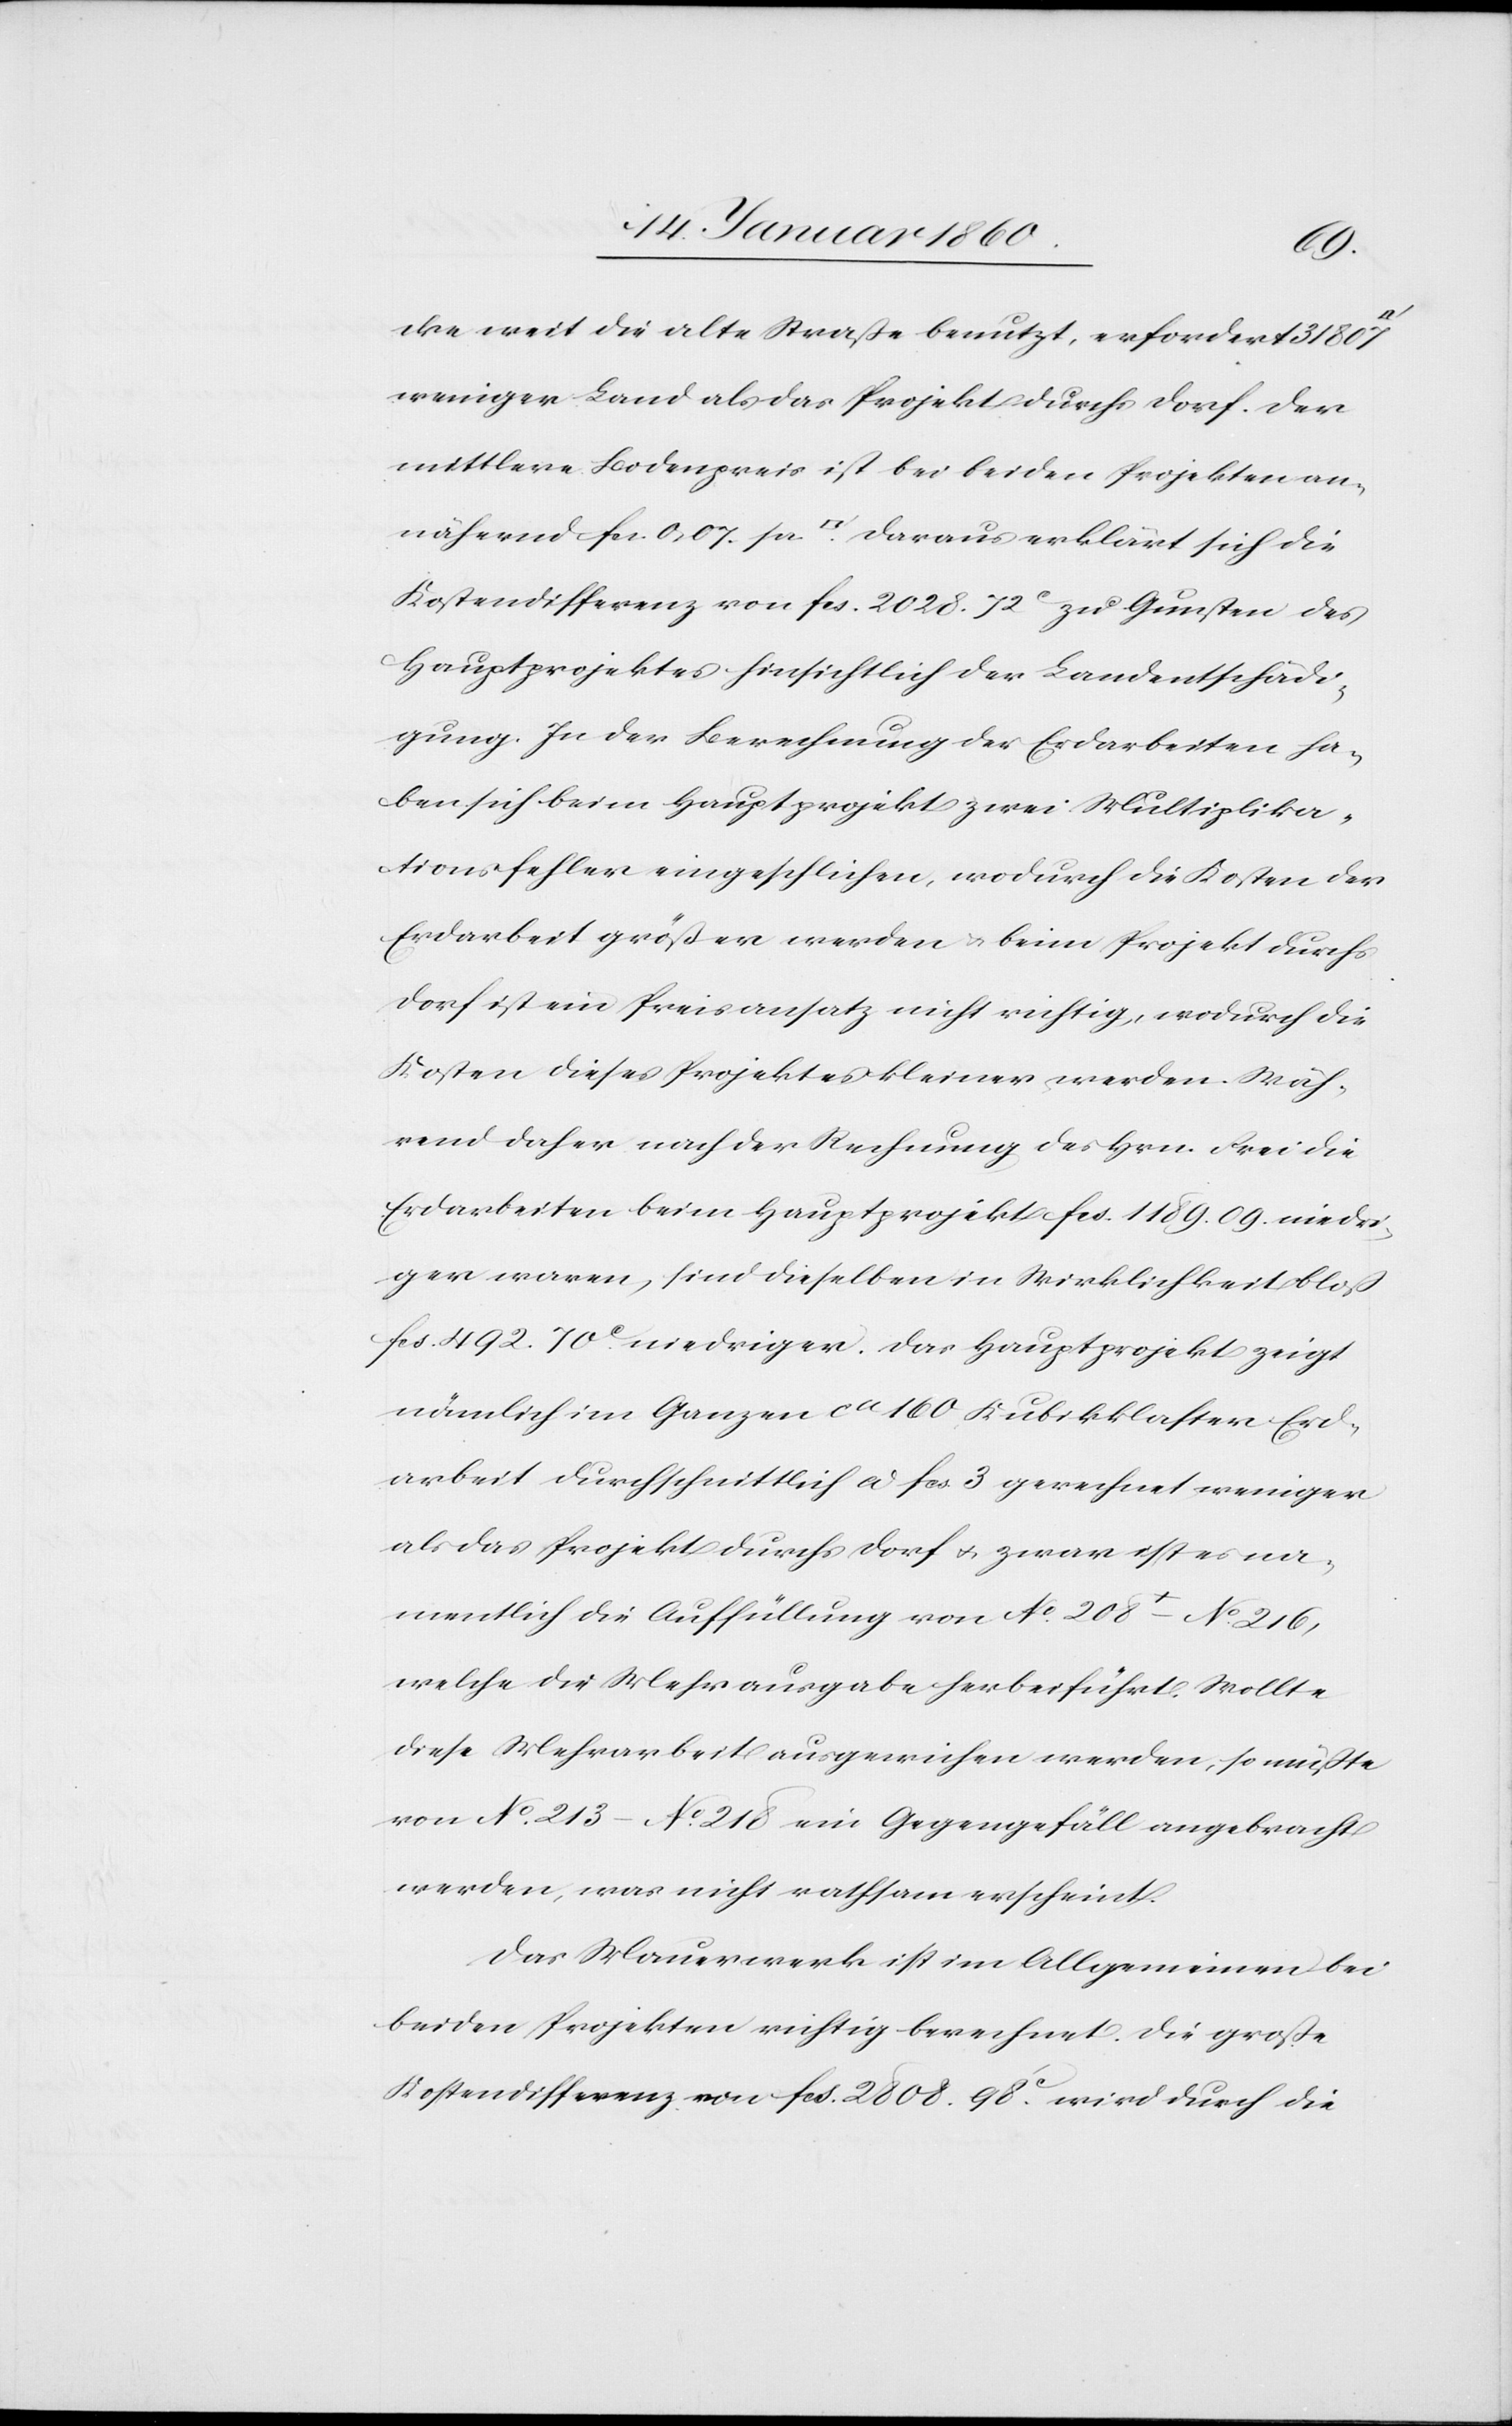
cke weit die alte Straße benutzt, erfordert 31 807
weniger Land als das Projekt durchs Dorf. Der
mittlere Bodenpreis ist bei beiden Projekten an¬
nähernd fcs. 0.07 pr. [Quadratfuß] daraus erklärt sich die
Kostendifferenz von fcs. 2028. 72C zu Gunsten des
Hauptprojektes hinsichtlich der Landentschädi¬
gung. In der Berechnung der Erdarbeiten ha¬
ben sich beim Hauptprojekt zwei Multiplika¬
tionsfehler eingeschlichen, wodurch die Kosten der
Erdarbeit größer werden u. beim Projekt durch
Dorf ist ein Preisansatz nicht richtig, wodurch die
Kosten dieses Projektes kleiner werden. Wäh¬
rend daher nach der Rechnung des Hrn. Frei die
Erdarbeiten beim Hauptprojekt fcs. 1189. 09. niedri¬
ger waren, sind dieselben in Wirklichkeit bloß
fcs. 492. 70C niedriger. Das Hauptprojekt zeigt
nämlich im Ganzen ca 160. Kubikklassen Erd¬
arbeit durchschnittlich a fcs. 3. gerechnet weniger
als das Projekt durchs Dorf u. zwar ist es na¬
mentlich die Auffüllung von No 208–No 216,
welche die Mehrausgabe herbeiführt. Wollte
diese Mehrarbeit ausgewichen werden, so müsste
von No 213–No 218 ein Gegengefäll angebracht
werden, was nicht rathsam erscheint.
Das Mauerwerk ist im Allgemeinen bei
beiden Projekten richtig berechnet. Die große
Kostendifferenz von fcs. 2808. 98C wird durch die